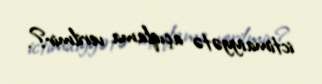
ictimaiyyətə açıqlama verilmir?.